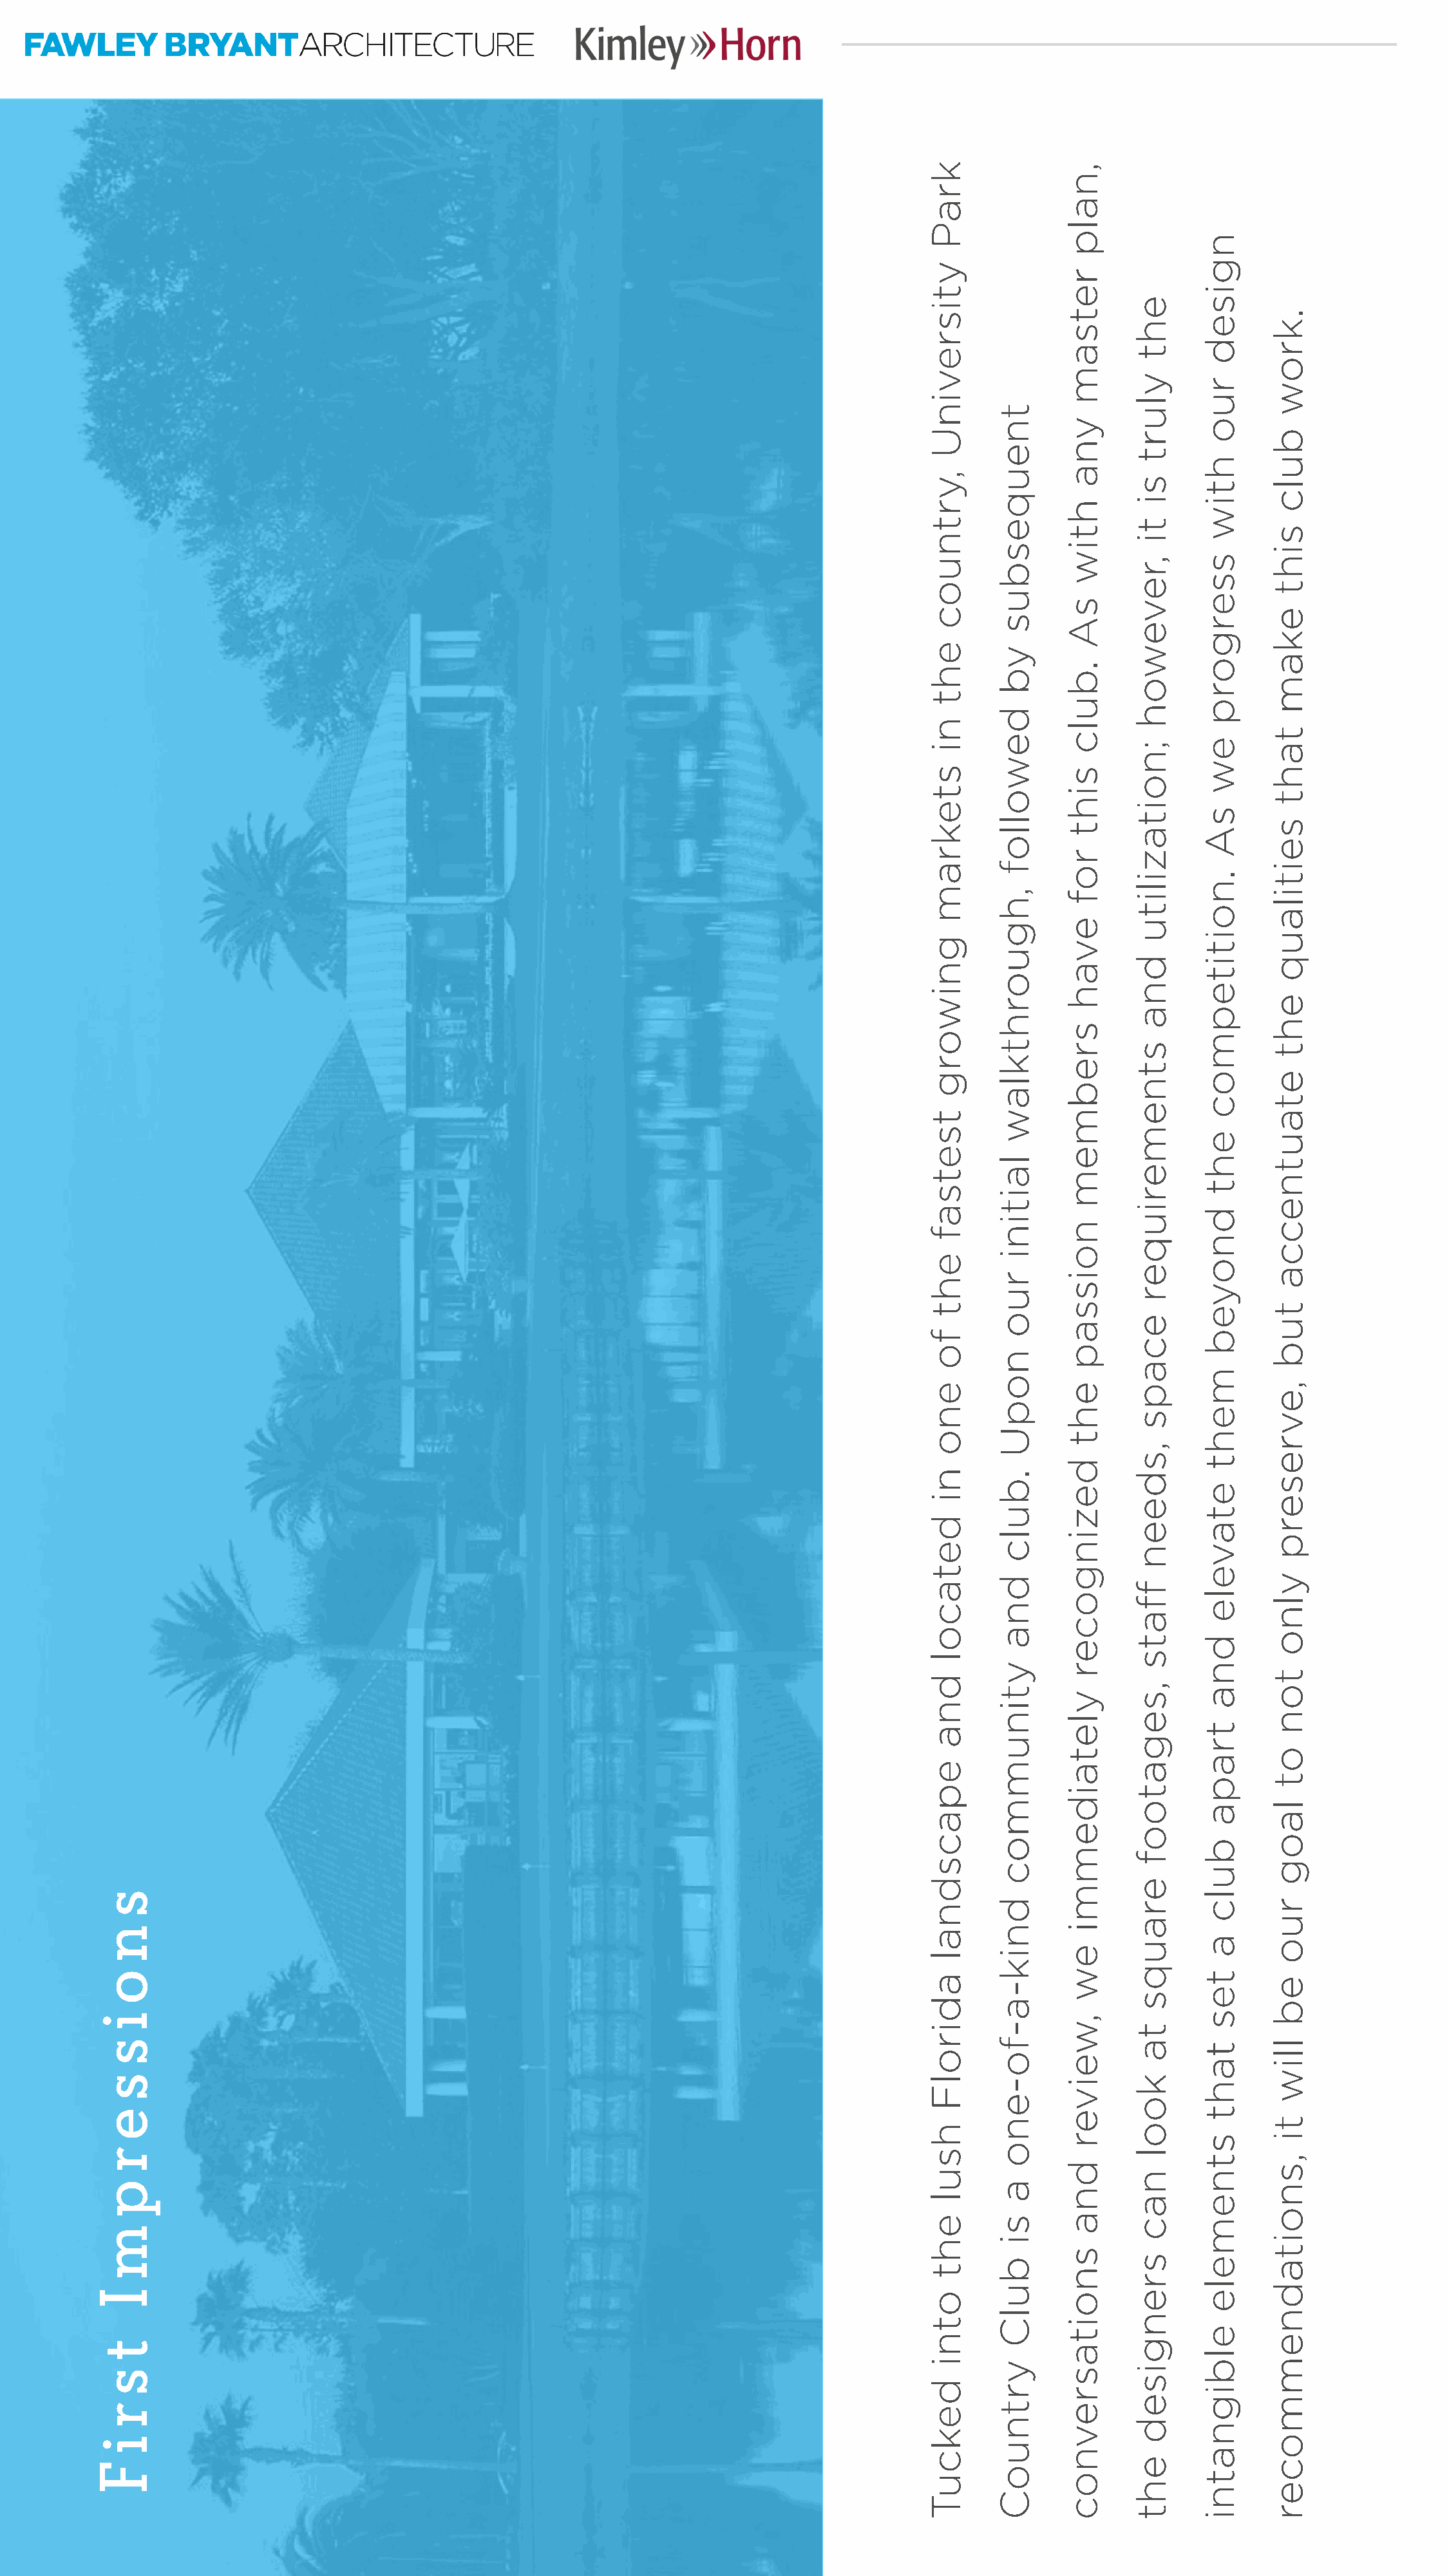
Kimley>>>H        orn
 FAWLEY        BRYANTA         RCHITECTURE
 s
 n
 o
 i
 s
 s
 e
 r
 p
 m
 I
 t
 s
 r
 i
 F
 kraP
 ytisrevinU
 ,yrtnuoc
 eht
 ni
 stekram
 gniworg
 tsetsaf
 eht
 fo
 eno
 ni
 detacol
 dna
 epacsdnal
 adirolF
 hsul
 eht
 otni
 dekcuT
 tneuqesbus
 yb
 dewollof
 ,hguorhtklaw
 laitini
 ruo
 nopU
 .bulc
 dna
 ytinummoc
 dnik-a-fo-eno
 a
 si
 bulC
 yrtnuoC
 ,nalp
 retsam
 yna
 htiw
 sA
 .bulc
 siht
 rof
 evah
 srebmem
 noissap
 eht
 dezingocer
 yletaidemmi
 ew
 ,weiver
 dna
 snoitasrevnoc
 eht
 ylurt
 si
 ti
 ,revewoh
 ;noitazilitu
 dna
 stnemeriuqer
 ecaps
 ,sdeen
 ffats
 ,segatoof
 erauqs
 ta
 kool
 nac
 srengised
 eht
 ngised
 ruo
 htiw
 ssergorp
 ew
 sA
 .noititepmoc
 eht
 dnoyeb
 meht
 etavele
 dna
 trapa
 bulc
 a
 tes
 taht
 stnemele
 elbignatni
 .krow
 bulc
 siht
 ekam
 taht
 seitilauq
 eht
 etautnecca
 tub
 ,evreserp
 ylno
 ton
 ot
 laog
 ruo
 eb
 lliw
 ti
 ,snoitadnemmocer